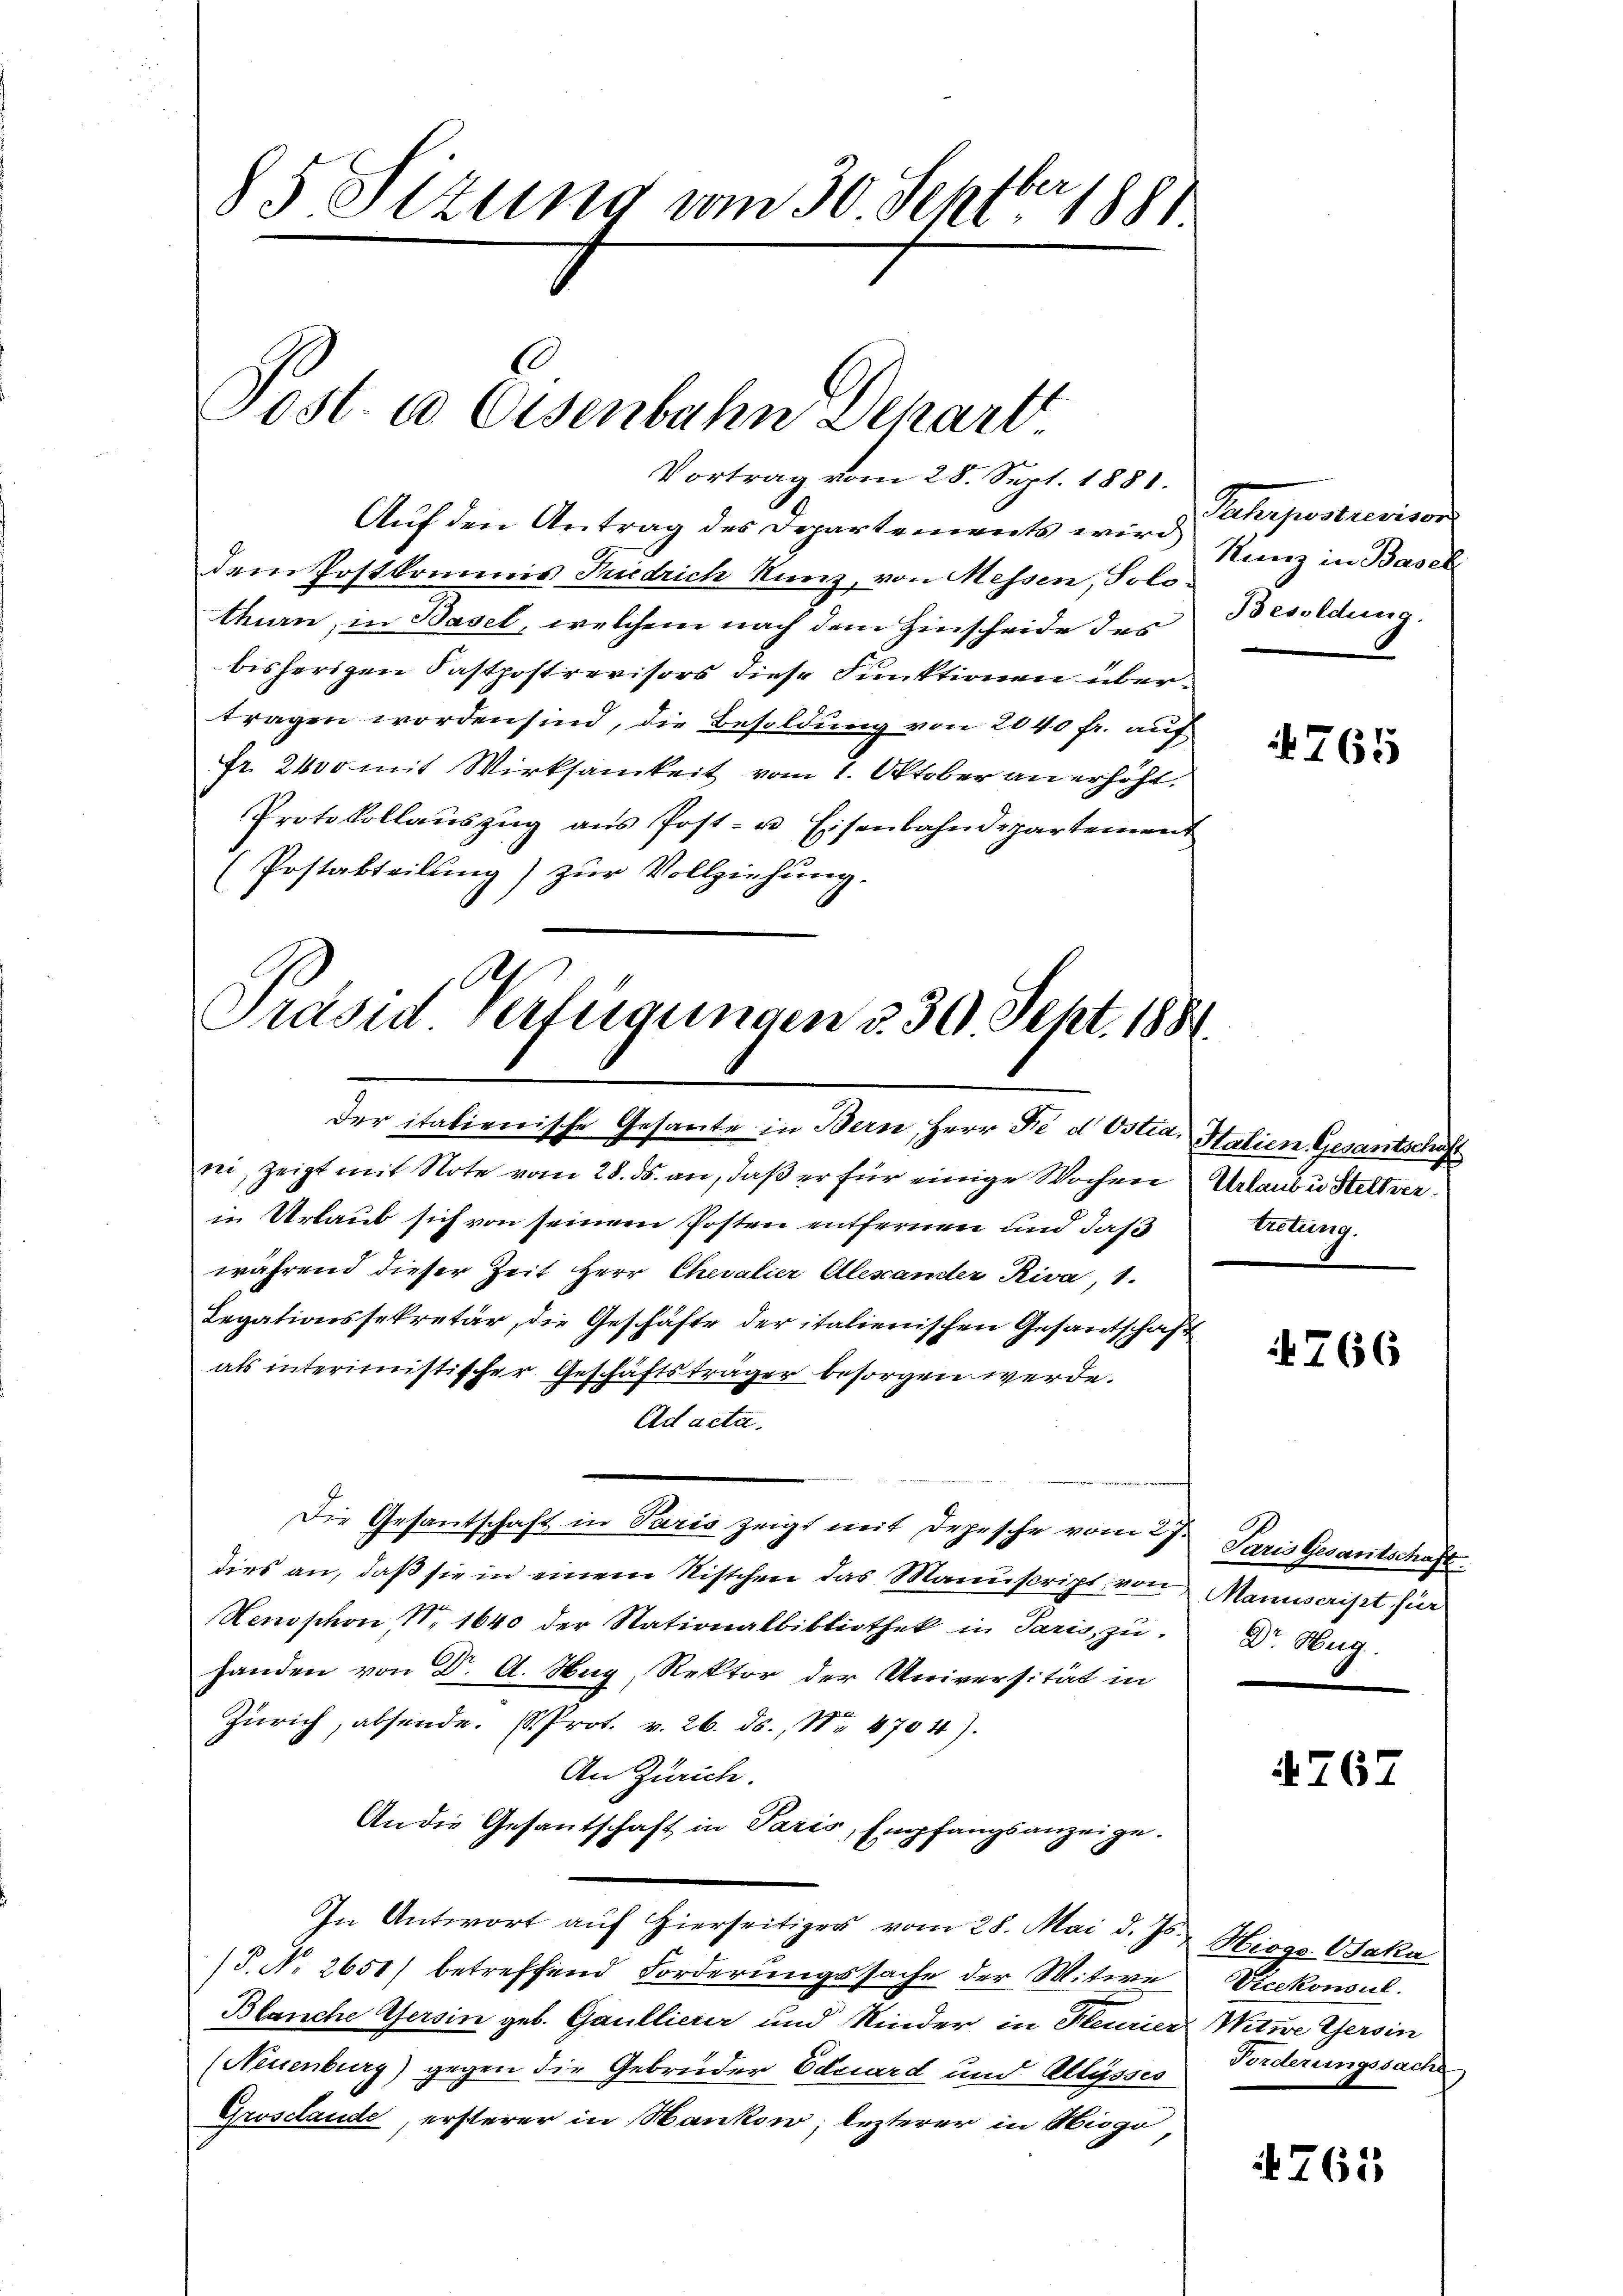
85 Stzung vom 30. Septbr. 1881

Post. 10 Eisenbahn Depart
Vortrag vom 28. Sept. 1881.

Auf den Antrag des Departements wird Chrpostrevisor
dem Postkommis Friedrich Kunz, von Messen, Solothurn, in Basel, welchem nach dem Hinscheide des
bisherigen Fastpostrevisors diese Funktionen übertragen worden sind, die Besoldung von 2040 fr. auf
fr. 2400 mit Wirksamkeit vom 1. Oktober an erhöht.
Protokollauszug aus Post- u Eisenbahndepartement
Postakteilung) zur Vollziehung.
Ah

Präsid verfügungen §. 30 Sept. 1884.
der italienische Gesante in Bern, Herr Fe d Ostia, Halien Gesantschaft

rei, zeigt mit Note vom 28. ds. an, daß er für einige Wochen Urlaube Stellverin Urlaub sich von seinem Posten entfernen und daß Leitung.
während dieser Zeit Herr Chevalier Alesander Riva, 1.
Legationssekretär, die Geschäfte der italienischen Gesantschaft
als interimistischer Geschäftsträger besorgen werde.
Ad acta.
Die Gesantschaft in Paris zeigt mit Depesche vom 27ten Paris Gesantschaft
dies an, daß sie in einem Nistchen das Manuscript von Manuscript für
Henophon, N. 1640 der Stationalbibliothek in Paris, zu
handen von Dr. A. Hug, Rektor der Universität in
Zürich, absende. Prot. v. 26. ds., Nr. 4704).
An Zürich.
An die Gesantschaft in Paris, Empfangsanzeige.
In Antwort auf hierseitiges vom 28. Mai d. Js. Hioga Ojaka
(P. Nr. 2651) betreffend Forderungssache der Mitwe Vicekonsul
Blanche Gersin geb. Gaullierer und Kinder in Heurier Witwe Gersin
(Neuenburg) gegen die Gebrüder Eduard und Allysses Forderungssache
Grosclande, ersterer in Mankon; lezterer in Hiogo,

Kunz in Basel
Besoldung.

765

4766

Dr. Hug

4767

761